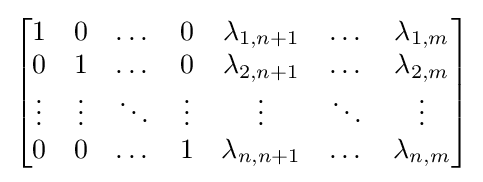
{\begin{bmatrix}1&0&\dots &0&\lambda _{1,n+1}&\dots &\lambda _{1,m}\\0&1&\dots &0&\lambda _{2,n+1}&\dots &\lambda _{2,m}\\\vdots &\vdots &\ddots &\vdots &\vdots &\ddots &\vdots \\0&0&\dots &1&\lambda _{n,n+1}&\dots &\lambda _{n,m}\end{bmatrix}}